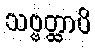
သဗ္ဗတ္ထာပိ